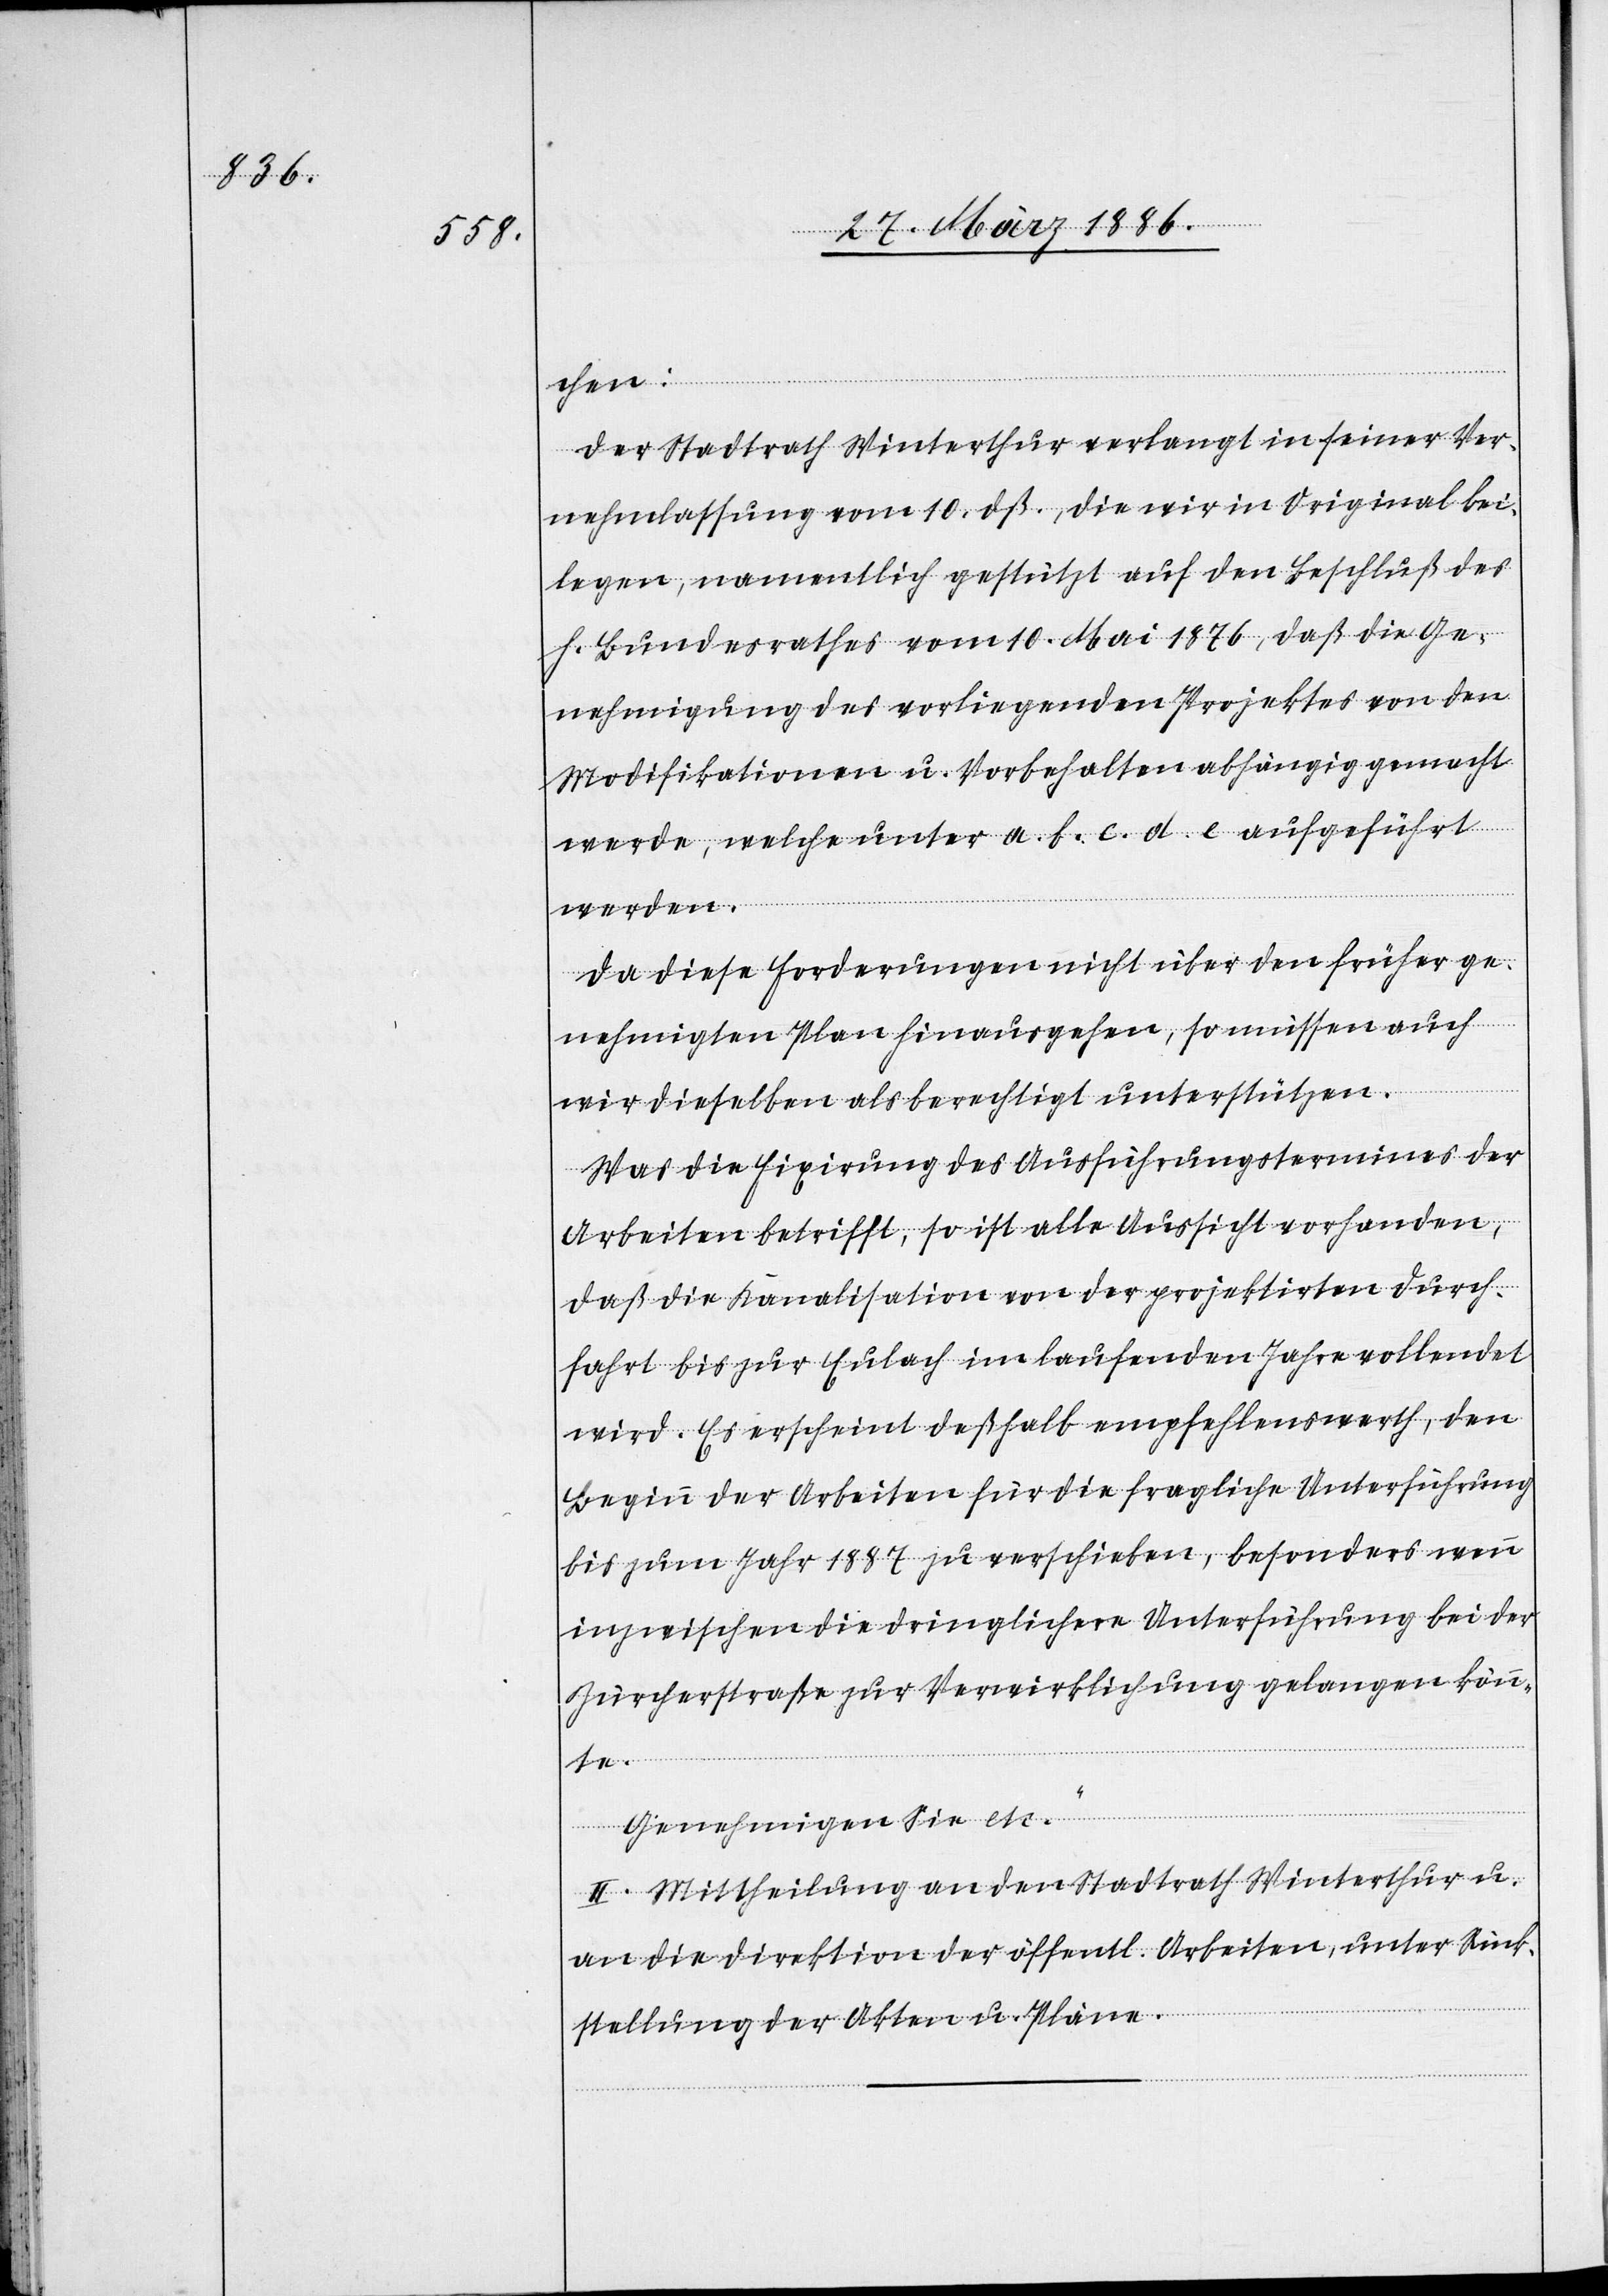
chen:
Der Stadtrath Winterthur verlangt in seiner Ver¬
nehmlassung vom 10. dß., die wir in Original bei¬
legen, namentlich gestützt auf den Beschluß des
h. Bundesrathes vom 10. Mai 1876, daß die Ge¬
nehmigung des vorliegenden Projektes von den
Modifikationen u. Vorbehalten abhängig gemacht
werde, welche unter a. b. c. d. e. aufgeführt
werden.
Da diese Forderungen nicht über den früher ge¬
nehmigten Plan hinausgehen, so müssen auch
wir dieselben als berechtigt unterstützen.
Was die Fixierung des Ausführungstermines der
Arbeiten betrifft, so ist alle Aussicht vorhanden,
daß die Kanalisation von der projektirten Durch¬
fahrt bis zur Eulach im laufenden Jahre vollendet
wird. Es erscheint deßhalb empfehlenswert, den
Beginn der Arbeiten für die fragliche Unterführung
bis zum Jahr 1887 zu verschieben, besonders wenn
inzwischen die dringliche Unterführung bei der
Zürcherstraße zur Verwirklichung gelangen könn¬
te.
Genehmigen Sie etc.“
II. Mittheilung an den Stadtrath Winterthur u.
an die Direktion der öffentl. Arbeiten, unter Rück¬
stellung der Akten u. Pläne.